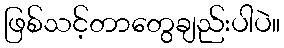
ဖြစ်သင့်တာတွေချည်းပါပဲ။